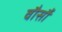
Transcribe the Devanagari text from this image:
वौर्सौ